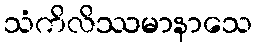
သံကိလိဿမာနာသေ